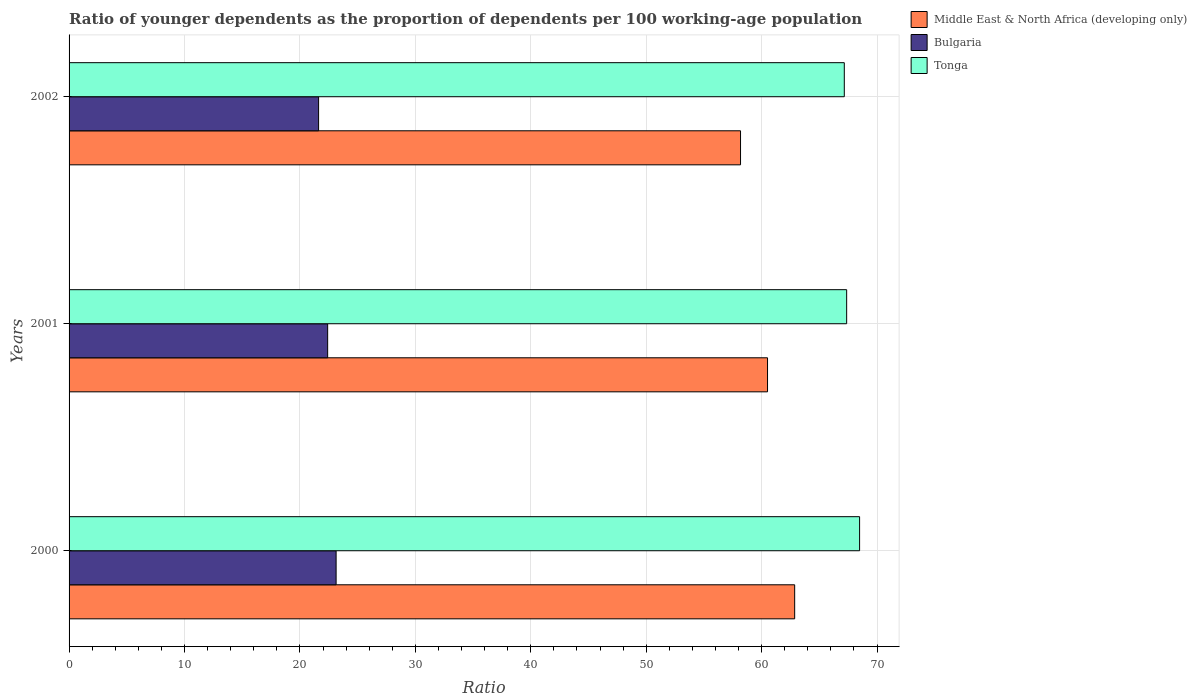
| Years | Middle East & North Africa (developing only) | Bulgaria | Tonga |
 | --- | --- | --- | --- |
 | 2000 | 62.9 | 23.1 | 68.5 |
 | 2001 | 60.5 | 22.4 | 67.4 |
 | 2002 | 58.2 | 21.6 | 67.2 |